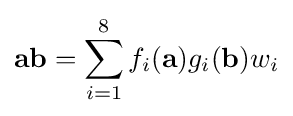
\mathbf {a} \mathbf {b} =\sum _{i=1}^{8}f_{i}(\mathbf {a} )g_{i}(\mathbf {b} )w_{i}